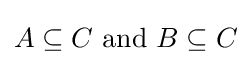
A\subseteq C{\text{ and }}B\subseteq C